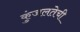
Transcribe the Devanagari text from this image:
कुंजलतेची